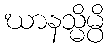
ဃာနသ္မိမ္ပိ